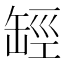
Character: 𦈵